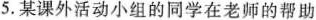
5. 某课外活动小组的同学在老师的帮助